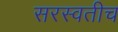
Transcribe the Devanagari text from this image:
सरस्वतीच